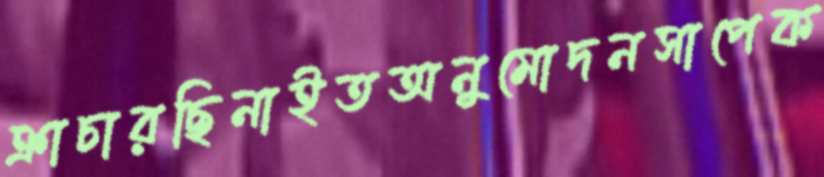
ক্রাচারছিনাইতঅনুমোদনসাপেক